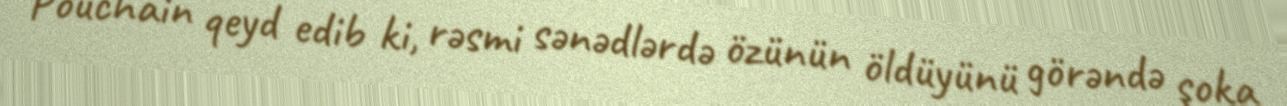
Pouchain qeyd edib ki, rəsmi sənədlərdə özünün öldüyünü görəndə şoka